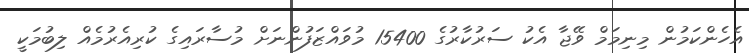
އެހެންކަމުން މިނިމަމް ވޭޖާ އެކު ސަރުކާރުގެ 15400 މުވައްޒަފުންނަށް މުސާރައިގެ ކުރިއެރުމެއް ލިބުމަކީ